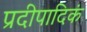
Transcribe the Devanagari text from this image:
प्रदीपादिकं